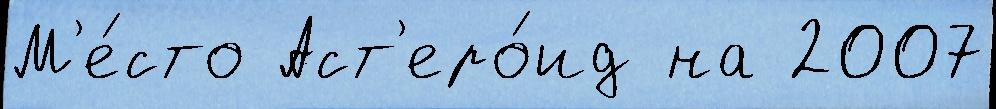
М'е́сто Аст'еро́ид на 2007